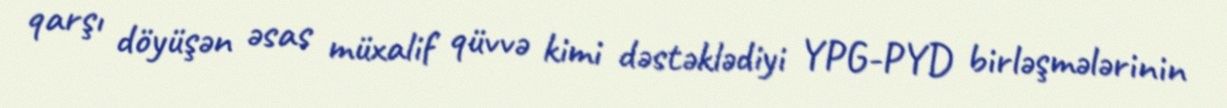
qarşı döyüşən əsas müxalif qüvvə kimi dəstəklədiyi YPG-PYD birləşmələrinin